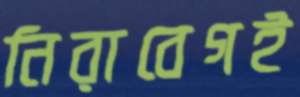
নিরাবেগই